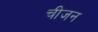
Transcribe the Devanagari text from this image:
चीजन